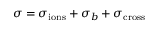
\sigma = \sigma _ { \mathrm { i o n s } } + \sigma _ { b } + \sigma _ { \mathrm { c r o s s } }